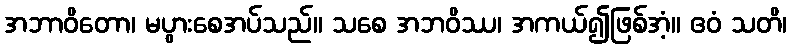
အဘာဝိတော၊ မပွားစေအပ်သည်။ သစေ အဘဝိဿ၊ အကယ်၍ဖြစ်အံ့။ ဧဝံ သတိ၊